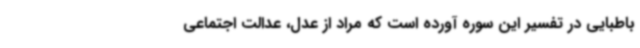
باطبایی در تفسیر این سوره آورده است که مراد از عدل، عدالت اجتماعی